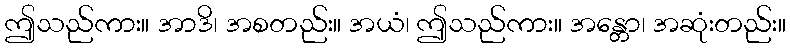
ဤသည်ကား။ အာဒိ၊ အစတည်း။ အယံ၊ ဤသည်ကား။ အန္တော၊ အဆုံးတည်း။